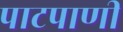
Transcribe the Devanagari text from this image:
पाटपाणी